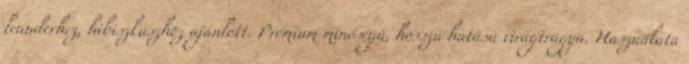
leanderhez, hibiszkuszhoz ajánlott. Prémium minőségű, hosszú hatású virágtrágya. Használata